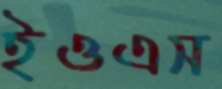
ইওএস